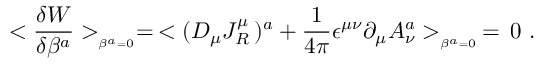
< { \frac { \delta W } { \delta \beta ^ { a } } } > _ { _ { \beta ^ { a } = 0 } } = \, < ( D _ { \mu } J _ { R } ^ { \mu } \, ) ^ { a } + { \frac { 1 } { 4 \pi } } \epsilon ^ { \mu \nu } \partial _ { \mu } A _ { \nu } ^ { a } > _ { _ { \beta ^ { a } = 0 } } \, = \, 0 \, \, .